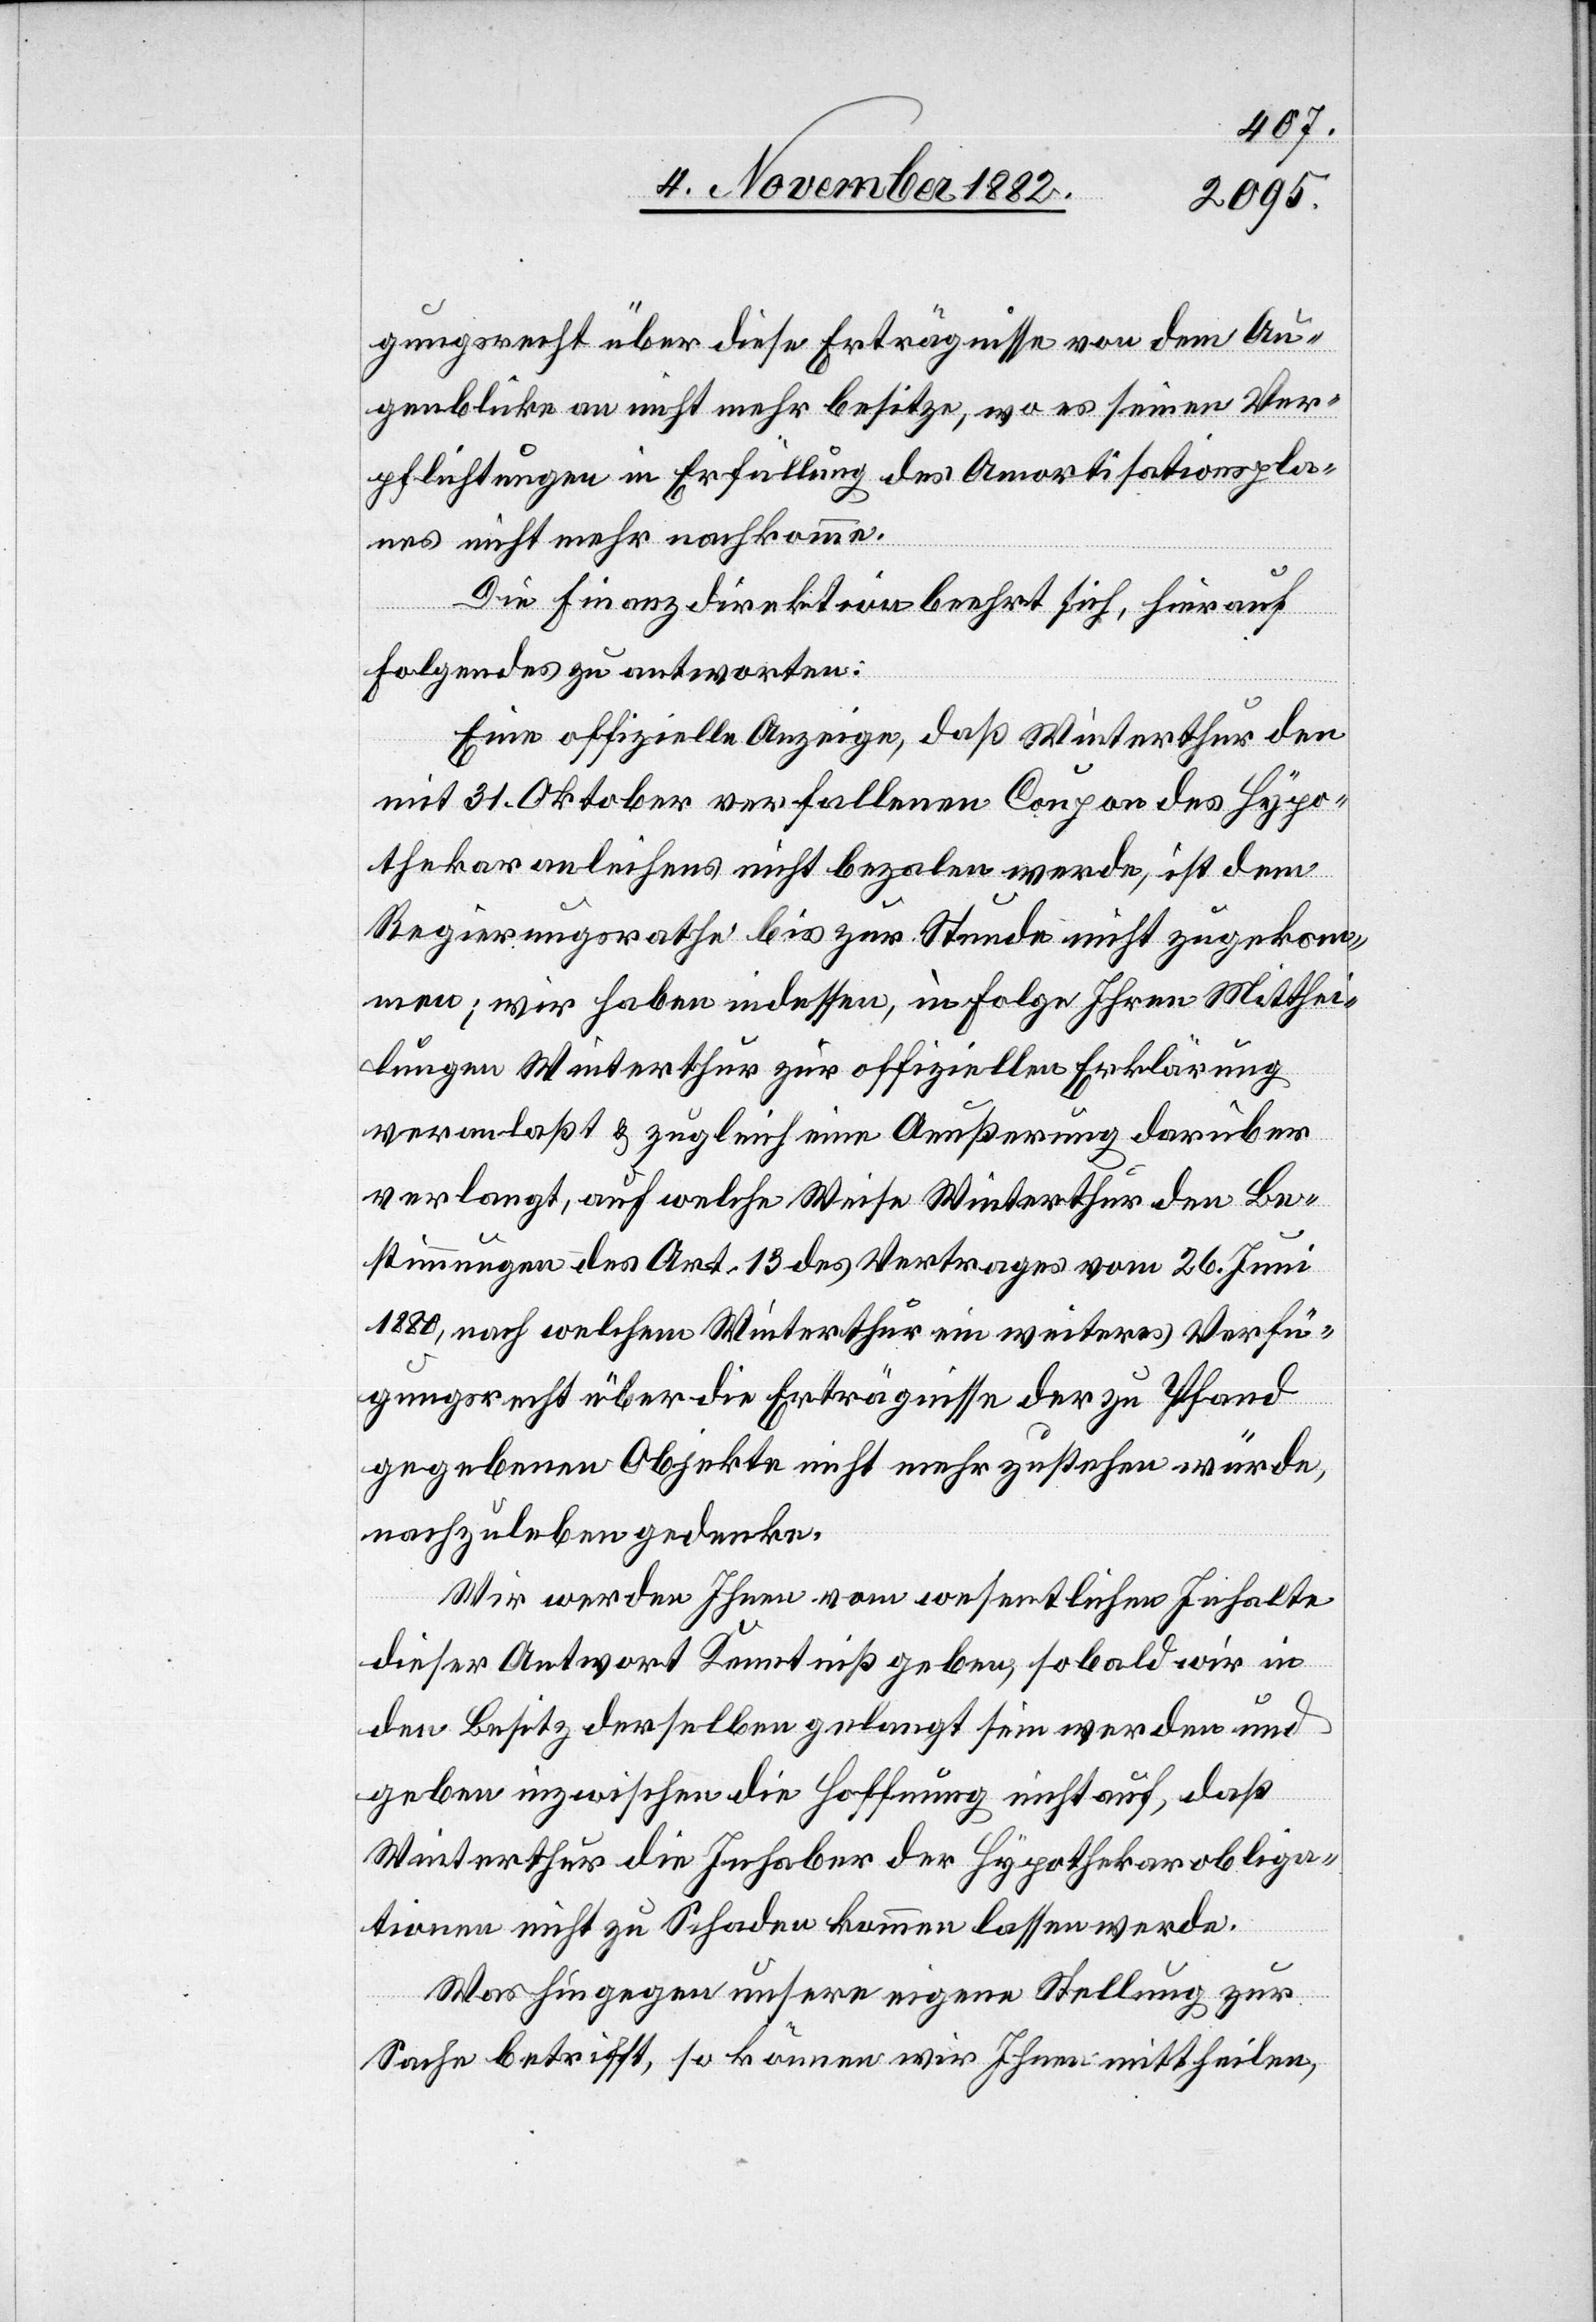
gungsrecht über diese Erträgnisse von dem Au¬
genblicke an nicht mehr besitze, wo es seinen Ver¬
pflichtungen in Erfüllung des Amortisationspla¬
nes nicht mehr nachkomme.
Die Finanzdirektion beehrt sich, hierauf
Folgendes zu antworten:
Eine offizielle Anzeige, daß Winterthur den
mit 31. Oktober verfallenen Coupon des Hypo¬
thekaranleihens nicht bezalen [sic!] werde, ist dem
Regierungsrathe bis zur Stunde nicht zugekom¬
men; wir haben indessen, in Folge Ihren Mitthei¬
lungen Winterthur zur offiziellen Erklärung
veranlaßt & zugleich eine Aeußerung darüber
verlangt, auch welche Weise Winterthur den Be¬
stimmungen des Art. 13 des Vertrages vom 26. Juni
1880, nach welchem Winterthur ein weiteres Verfü¬
gungsrecht über die Erträgnisse der zu Pfand
gegebenen Objekte nicht mehr zustehen würde,
nachzuleben gedenke.
Wir werden Ihnen vom wesentlichen Inhalte
dieser Antwort Kenntniß geben, sobald wir in
den Besitz derselben gelangt sein werden und
geben inzwischen die Hoffnung nicht auf, daß
Winterthur die Inhaber der Hypothekarobliga¬
tionen nicht zu Schaden kommen lassen werde.
Was hingegen unsere eigene Stellung zur
Sache betrifft, so können wir Ihnen mittheilen,